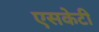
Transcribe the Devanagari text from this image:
एसकेटी